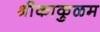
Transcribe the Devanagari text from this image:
श्रीकाकुळम